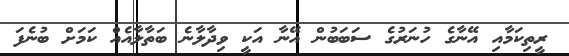
ރީތިކަމާއި އޭނާގެ ހުނަރުގެ ސަބަބުން އޭނާ އަކީ ވިދާލާނެ ބަތާލާއެއް ކަމަށް ބުނެފަ